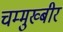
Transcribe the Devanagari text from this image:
चम्मुख्बीर